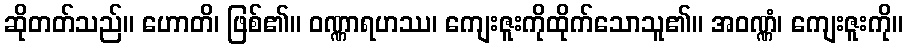
ဆိုတတ်သည်။ ဟောတိ၊ ဖြစ်၏။ ဝဏ္ဏာရဟဿ၊ ကျေးဇူးကိုထိုက်သောသူ၏။ အဝဏ္ဏံ၊ ကျေးဇူးကို။